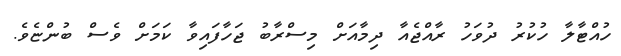
ހުއްޓާލާ ހުކުރު ދުވަހު ރާއްޖެއާ ދިމާއަށް މިސްރާބު ޖަހާފައިވާ ކަމަށް ވެސް ބުންޏެވެ.